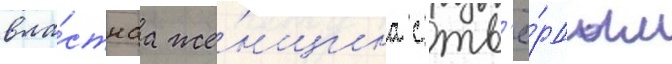
вла́стнаа же́нщина с тв'ё́рдым